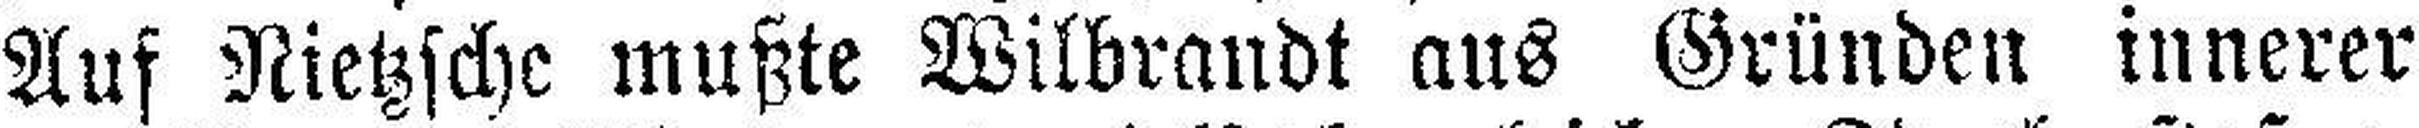
Auf Nietzsche mußte Wilbrandt aus Gründen innerer